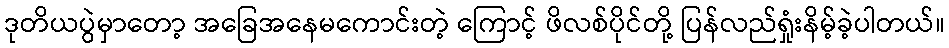
ဒုတိယပွဲမှာတော့ အခြေအနေမကောင်းတဲ့ ကြောင့် ဖိလစ်ပိုင်တို့ ပြန်လည်ရှုံးနိမ့်ခဲ့ပါတယ်။